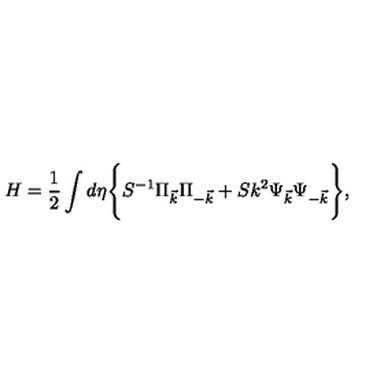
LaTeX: H = \frac { 1 } { 2 } \int d \eta \Biggl \{ S ^ { - 1 } \Pi _ { \vec { k } } \Pi _ { - \vec { k } } + S k ^ { 2 } \Psi _ { \vec { k } } \Psi _ { - \vec { k } } \Biggr \} ,